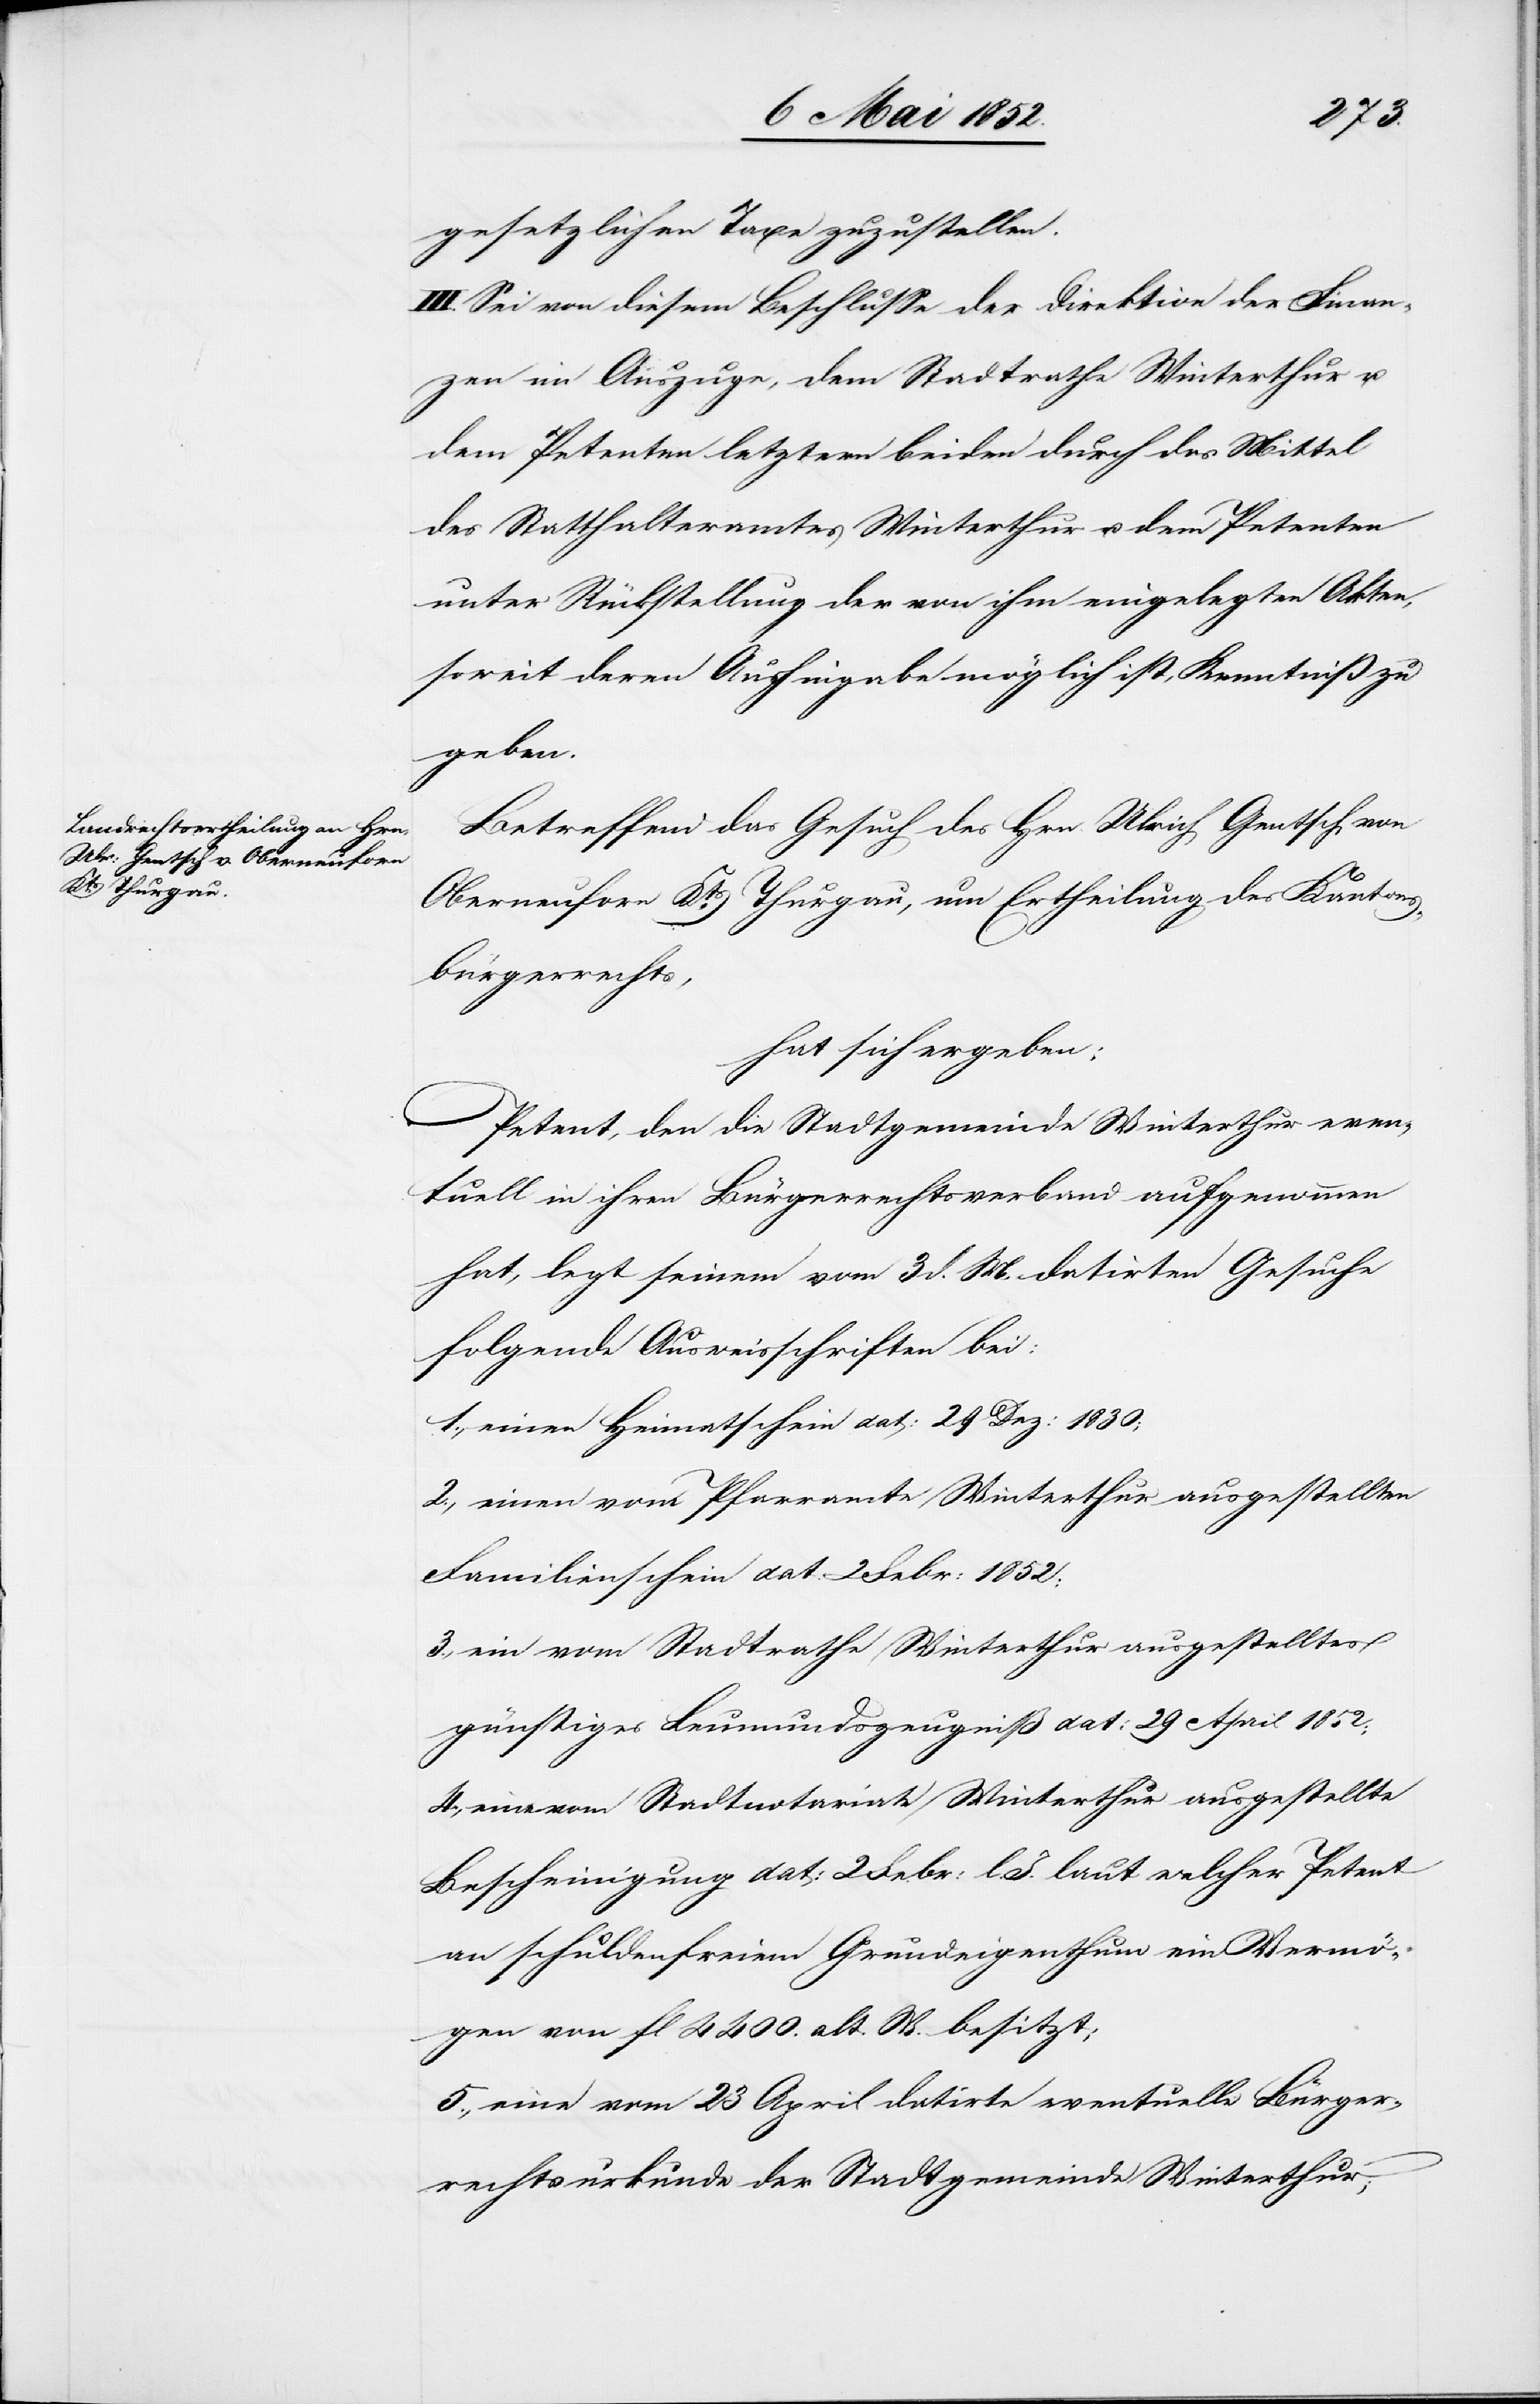
gesetzlichen Taxe zuzustellen.
III. Sei von diesem Beschlusse der Direktion der Finan¬
zen im Auszuge, dem Stadtrathe Winterthur u.
dem Petenten letztern beiden durch das Mittel
des Statthalteramtes Winterthur u. dem Petenten
unter Rückstellung der von ihm eingelegten Akten,
soweit deren Aushingabe möglich ist, Kenntniß zu
geben.
Betreffend das Gesuch des Hrn. Ulrich Gentsch von
Oberneuforn Kts. Thurgau, um Ertheilung des Kantons¬
bürgerrechts,
hat sich ergeben:
Petent, den die Stadtgemeinde Winterthur even¬
tuell in ihren Bürgerrechtsverband aufgenommen
hat, legt seinem vom 3 d. M. datirten Gesuche
folgende Ausweisschriften bei:
1., einen Heimatschein dat: 29 Dez: 1830;
2., einen vom Pfarramte Winterthur ausgestellten
Familienschein dat: 2 Febr: 1852;
3., ein vom Stadtrathe Winterthur ausgestelltes
günstiges Leumundszeugniß dat: 29 April 1852;
4., eine vom Stadtnotariate Winterthur ausgestellte
Bescheinigung dat: 2 Febr: l. J. laut welcher Petent
an schuldenfreiem Grundeigenthum ein Vermö¬
gen von fl 4400. alt. W. besitzt;
5., eine vom 23 April datirte eventuelle Bürger¬
rechtsurkunde der Stadtgemeinde Winterthur;